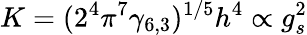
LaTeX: K=(2^{4}\pi^{7}\gamma_{6,3})^{1/5}h^{4}\propto g_{s}^{2}